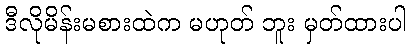
ဒီလိုမိန်းမစားထဲက မဟုတ် ဘူး မှတ်ထားပါ